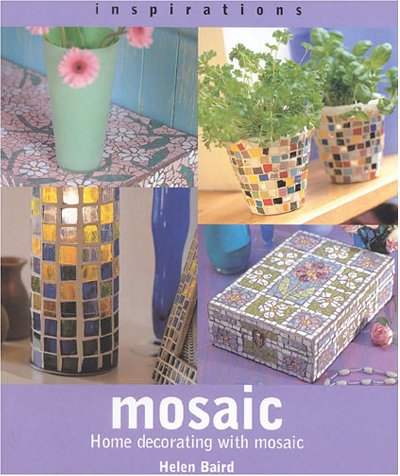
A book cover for Mosaic: Home Decorating with Mosaic (Inspirations); Helen Baird; Arts & Photography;